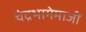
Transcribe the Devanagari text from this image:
चंद्रभागेमाजीं